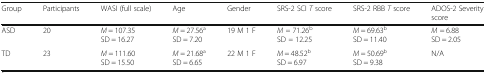
<table><thead><tr><td><b>Group</b></td><td><b>Participants</b></td><td><b>WASI (full scale)</b></td><td><b>Age</b></td><td><b>Gender</b></td><td><b>SRS-2 SCI <i>T</i> score</b></td><td><b>SRS-2 RBB <i>T</i> score</b></td><td><b>ADOS-2 Severity score</b></td></tr></thead><tbody><tr><td>ASD</td><td>20</td><td><i>M</i> = 107.35 SD = 16.27</td><td><i>M</i> = 27.56<sup>a</sup> SD = 7.20</td><td>19 M 1 F</td><td><i>M =</i> 71.26<sup>b</sup> SD <i>=</i> 12.25</td><td><i>M</i> = 69.63<sup>b</sup> SD = 11.40</td><td><i>M</i> = 6.88 SD = 2.05</td></tr><tr><td>TD</td><td>23</td><td><i>M</i> = 111.60 SD = 15.50</td><td><i>M</i> = 21.68<sup>a</sup> SD = 6.65</td><td>22 M 1 F</td><td><i>M</i> = 48.52<sup>b</sup> SD = 6.97</td><td><i>M</i> = 50.69<sup>b</sup> SD = 9.38</td><td>N/A</td></tr></tbody></table>